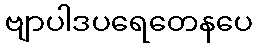
ဗျာပါဒပရေတေနပေ